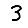
Digit: 3